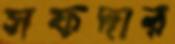
সফদার